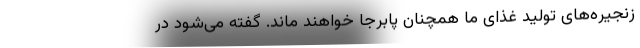
زنجیره‌های تولید غذای ما همچنان پابرجا خواهند ماند. گفته می‌شود در